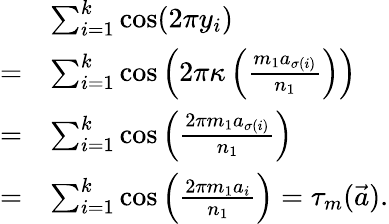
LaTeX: \begin{array}{rl}&{\sum_{i=1}^{k}\cos(2\pi y_{i})}\\ {=}&{\sum_{i=1}^{k}\cos\left(2\pi\kappa\left(\frac{m_{1}a_{\sigma(i)}}{n_{1}}\right)\right)}\\ {=}&{\sum_{i=1}^{k}\cos\left(\frac{2\pi m_{1}a_{\sigma(i)}}{n_{1}}\right)}\\ {=}&{\sum_{i=1}^{k}\cos\left(\frac{2\pi m_{1}a_{i}}{n_{1}}\right)=\tau_{m}(\vec{a}).}\end{array}